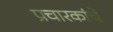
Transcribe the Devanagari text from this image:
प्रचारकांचे